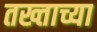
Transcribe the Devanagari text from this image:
तख्ताच्या